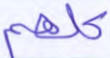
كلهم